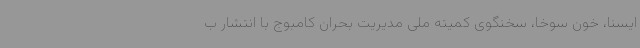
ایسنا، خون سوخا، سخنگوی کمیته ملی مدیریت بحران کامبوج با انتشار ب